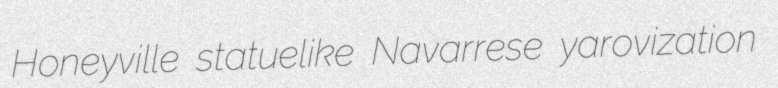
Honeyville statuelike Navarrese yarovization